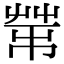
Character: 𦮅